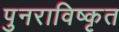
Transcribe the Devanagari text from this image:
पुनराविष्कृत